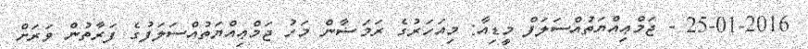
25-01-2016 - ޖަމްޢިއްޔަތުއްސަލަފް މީޑިއާ: މިއަހަރުގެ ރަމަޟާން މަހު ޖަމްޢިއްޔަތުއްސަލަފުގެ ފަރާތުން ވަރަށް